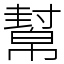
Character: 幫